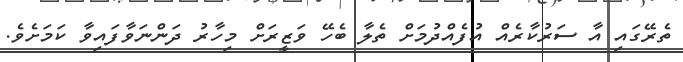
ތެރޭގައި އާ ސަރުކާރެއް އުފެއްދުމަށް ތެލާ ބެހޭ ވަޒީރަށް މިހާރު ދަންނަވާފައިވާ ކަމަށެވެ.